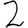
Digit: 2